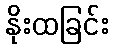
နိုးထခြင်း